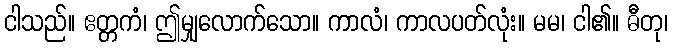
ငါသည်။ ဧတ္တကံ၊ ဤမျှလောက်သော။ ကာလံ၊ ကာလပတ်လုံး။ မမ၊ ငါ၏။ ဓီတု၊